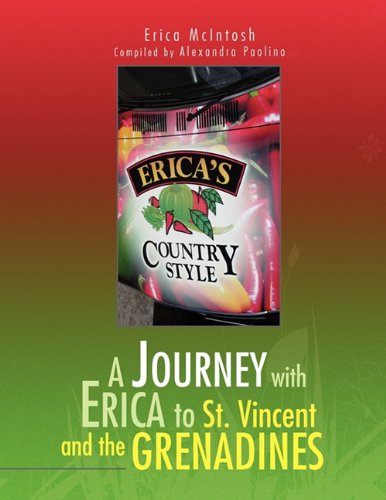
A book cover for A Journey with Erica to St. Vincent and the Grenadines; Mc Erica McIntosh and Alexandra Paolino; Travel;